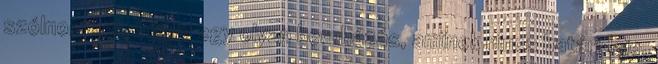
szólnom kell. Végre egy olyan beruházás, aminek nincs határideje.